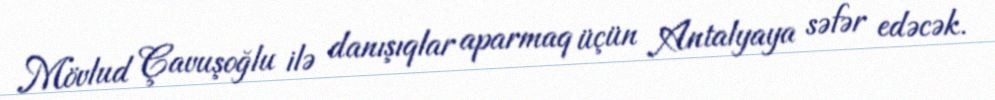
Mövlud Çavuşoğlu ilə danışıqlar aparmaq üçün Antalyaya səfər edəcək.